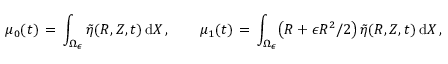
\mu _ { 0 } ( t ) \, = \, \int _ { \Omega _ { \epsilon } } \tilde { \eta } ( R , Z , t ) \, \mathrm { d } X \, , \qquad \mu _ { 1 } ( t ) \, = \, \int _ { \Omega _ { \epsilon } } \bigl ( R + \epsilon R ^ { 2 } / 2 \bigr ) \, \tilde { \eta } ( R , Z , t ) \, \mathrm { d } X \, ,